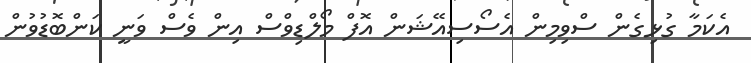
އެކަމާ ގުޅިގެން ސްވިމިން އެސޯސިއޭޝަން އޮފް މޯލްޑިވްސް އިން ވެސް ވަނީ ކަންބޮޑުވުން